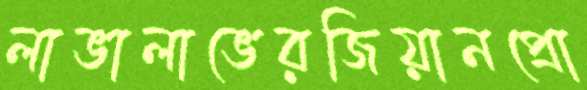
লাভালাভেরজিয়ানপ্রো